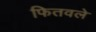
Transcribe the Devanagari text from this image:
फितवले